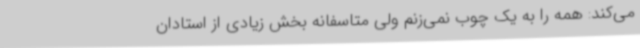
می‌کند: همه را به یک چوب نمی‌زنم ولی متاسفانه بخش زیادی از استادان